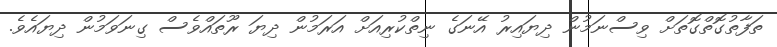
ތަފާތުގޮތްގޮތަށް ވިސްނަމުން ދިޔައިރު އޭނަގެ ނިތްކުރިއަށް އަރަމުން ދިޔަ ރޫތައްވެސް ގިނަވަމުން ދިޔައެވެ.